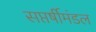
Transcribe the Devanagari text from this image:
सप्तर्षीमंडल